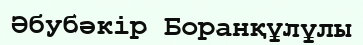
Әбубәкір Боранқұлұлы